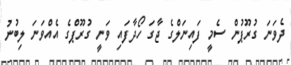
ދެވަނަ ގުރޫޕުން ސެމީ ފައިނަލްގެ ޖާގަ ހޯދާފައި ވަނީ ގުރޫޕްގެ އެއްވަނަ ލިބުނު